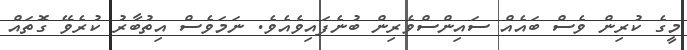
މީގެ ކުރިން ވެސް ބައެއް ސައިންސްވެރިން ބުނެފައިވެއެވެ. ނަމަވެސް އިތުބާރު ކުރެވޭ ގޮތައް